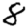
Digit: 8